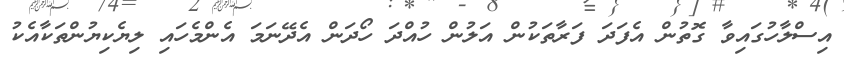
އިސްލާހުގައިވާ ގޮތުން އެފަދަ ފަރާތަކުން އަލުން ހުއްދަ ހޯދަން އެދޭނަމަ އެންމެހައި ލިޔެކިޔުންތަކާއެކު